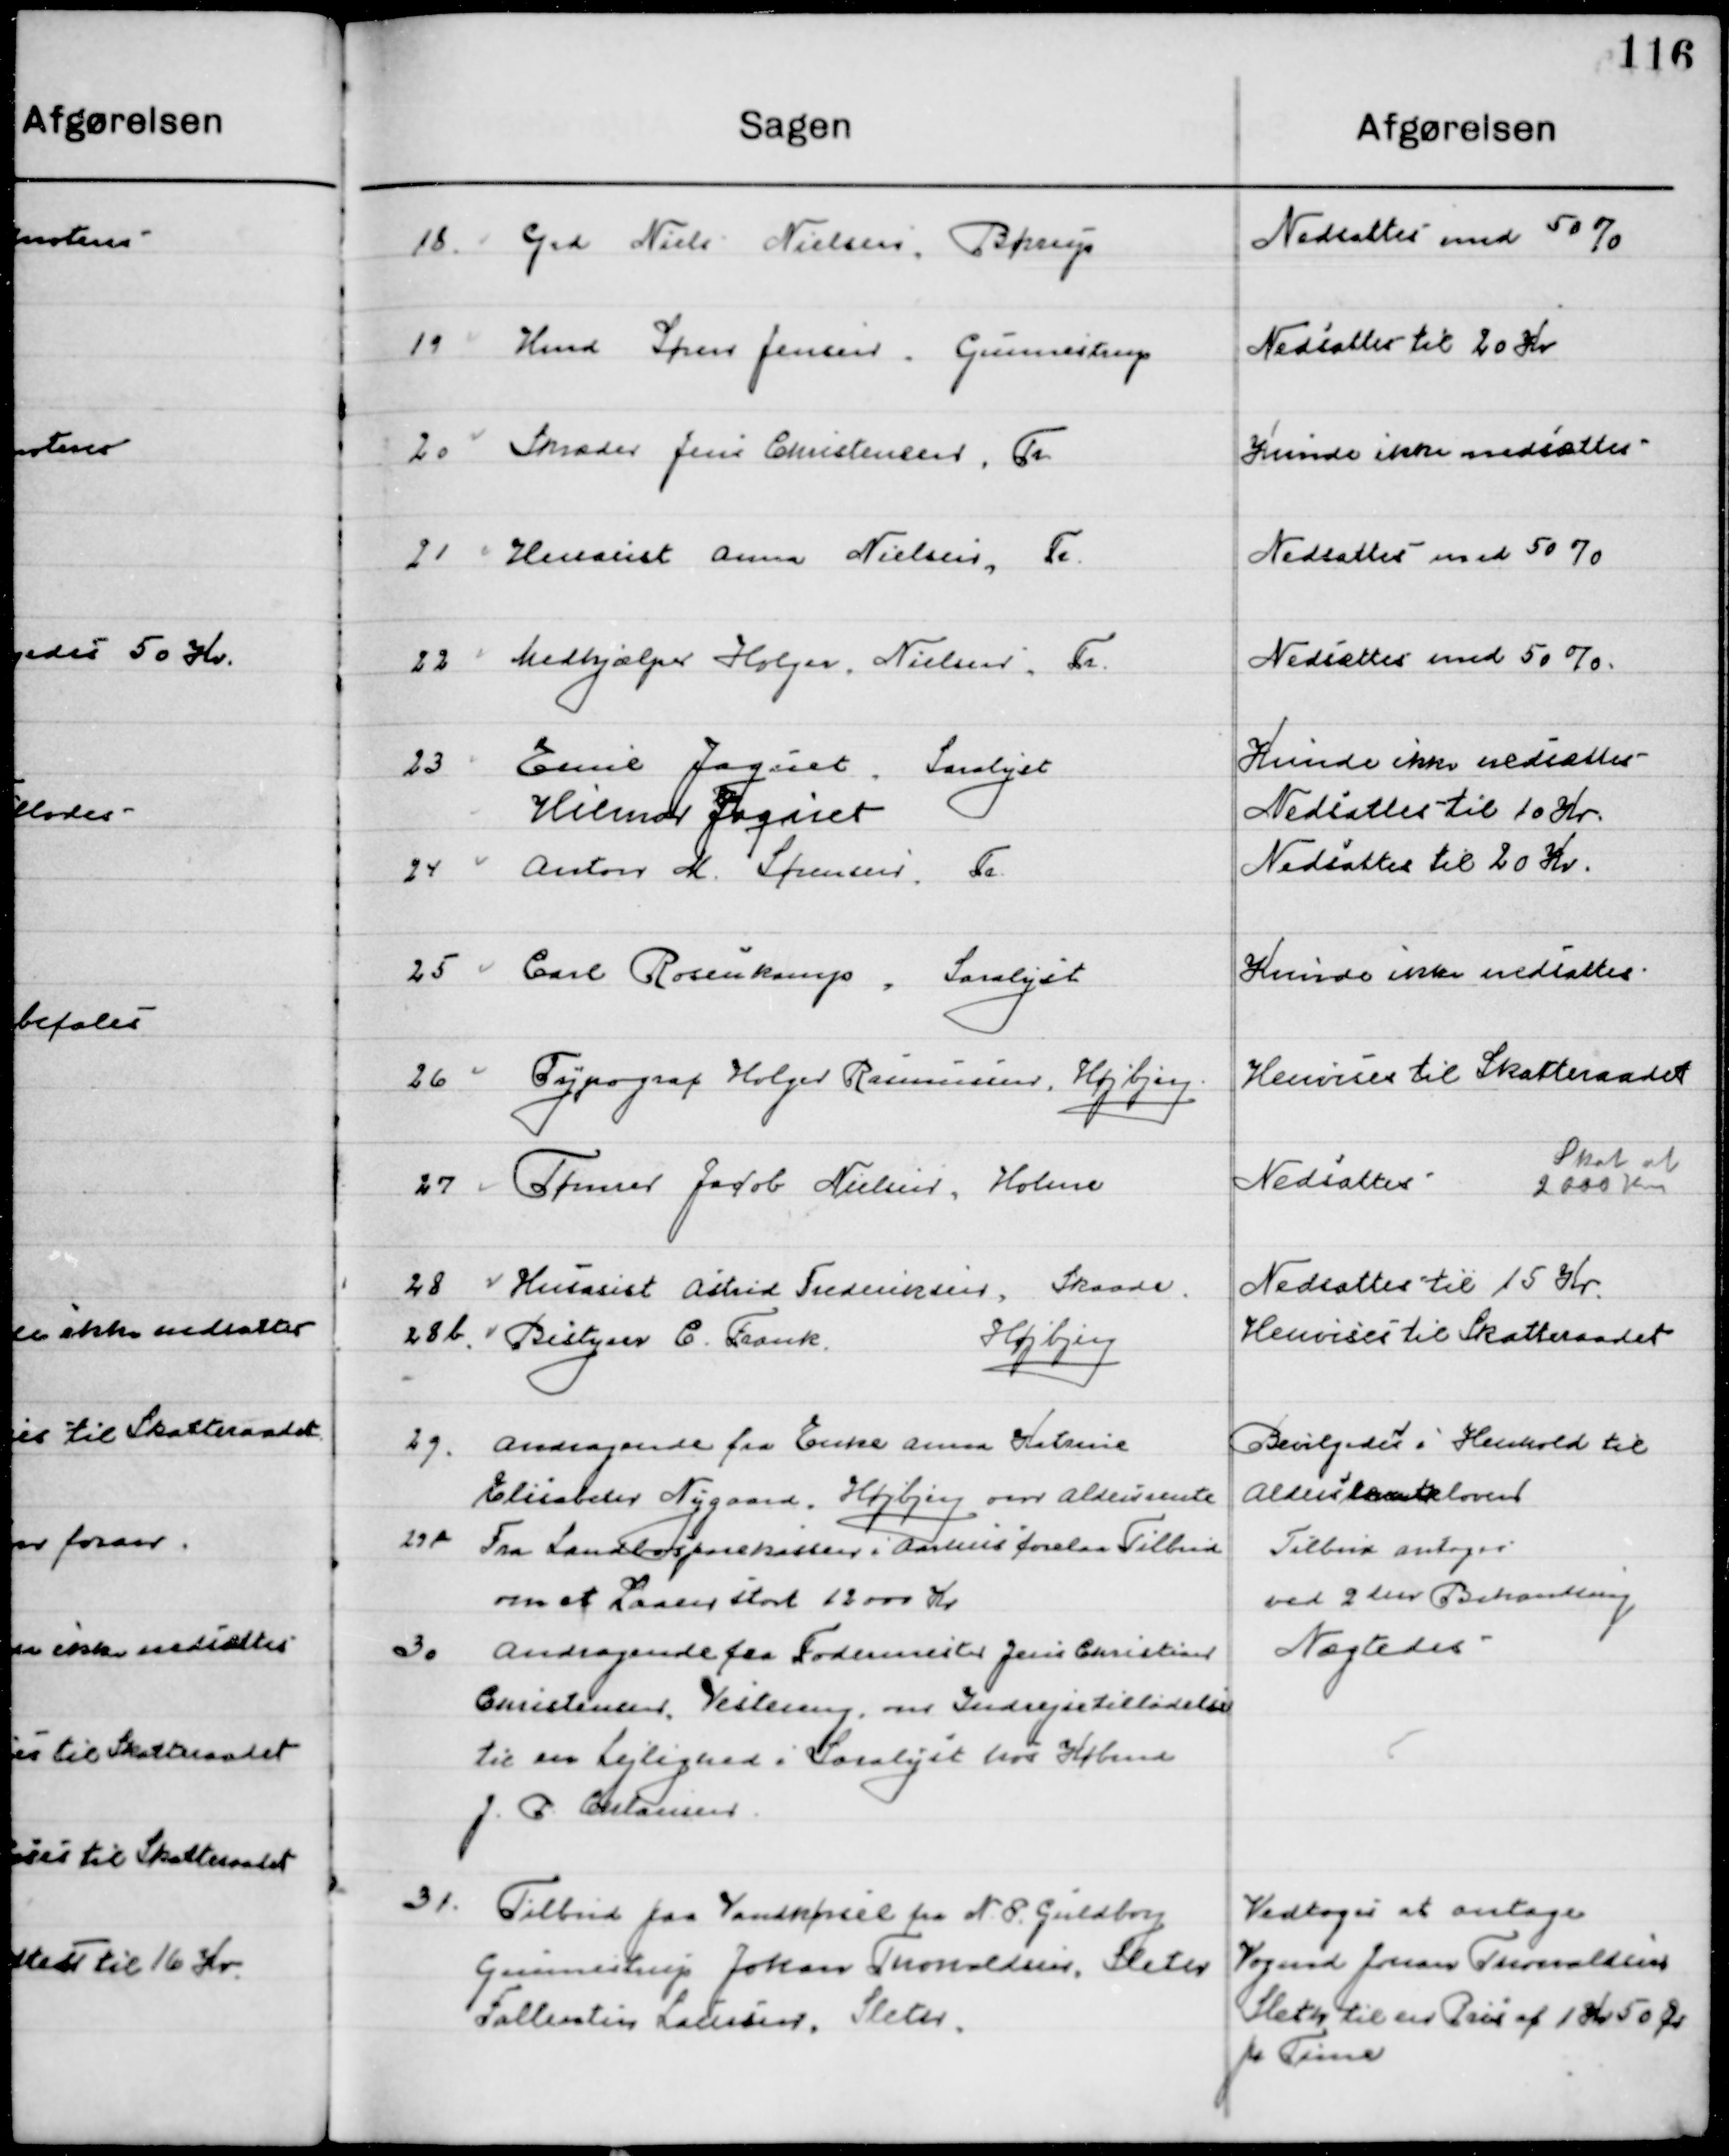
Transskription:
18

Grd. Niels Nielsen, Børup

Nedsættes med 50 %

19

Hmd. Søren Jensen, Gunnestrup

Nedsættes til 20 Kr.

20

Skrædder Jens Christensen, Tr.

Kunde ikke nedsættes

21

Husasst. Anna Nielsen, Tr.

Nedsættes med 50 %

22

Medhjælper Holger Nielsen, Tr.

Nedsættes med 50 %

23

Emil Jaquet Saralyst.

Kunde ikke nedsættes

Wilmor Jaquet

Nedsættes til 10 Kr.

24

Anton M. Sørensen  Tr.

Nedsættes til 20 Kr.

25

Carl Rosenkamp, Saralyst.

Kunde ikke nedsættes

26

Typograf Holger Rasmussen, Højbjerg.

Henvises til Skatteraadet

27

Tømrer Jacob Nielsen, Holme

Nedsættes
skat af
2000 Kr.

28

Husassist. Astrid Frederiksen, Skaade.

Nedsættes til 15 Kr.

28 b

Bestyrer C. Frank,	
Højbjerg

Henvises til Skatteraadet

29

Andragende fra Enke Amma Kirstine 
Elisabeth Nygaard, Højberg, om Aldersrente

Bevilgedes i henhold til 
Aldersrenteloven

29 b

Fra Landbosparekassen i Aarhus forelaa Tilbud
om at Laane stort 12000 Kr.

Tilbud antoges 
ved 2 Behandling

30

Andragende fra Fodermester Jens Christian
Christensen, Vesteregn, om Indregistrer tilladelse 
Til en Lejlighed i Saralyst hos Købmd.
J. P. Christiansen.

Nægtedes

31

Tilbud paa Vandkørsel fra N. B. Guldborg
Gunnestrup Johan Thorvaldsen, Sleter 
Fallentin Laursen, Sleter.

Vedtoges at antage
Vognmand Johan Thorvaldsen 
Sleth til en Pris af 1 Kr. 50 Øre
Pr. Time.